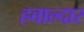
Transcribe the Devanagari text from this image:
हवाल्दार